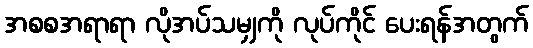
အစစအရာရာ လိုအပ်သမျှကို လုပ်ကိုင် ပေးရန်အတွက်